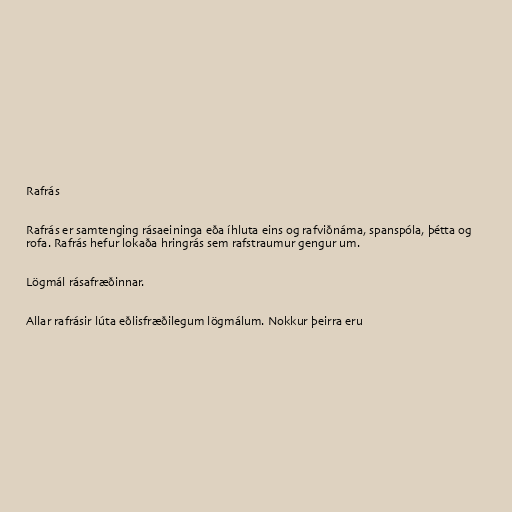
Rafrás

Rafrás er samtenging rásaeininga eða íhluta eins og rafviðnáma, spanspóla, þétta og
rofa. Rafrás hefur lokaða hringrás sem rafstraumur gengur um.

Lögmál rásafræðinnar.

Allar rafrásir lúta eðlisfræðilegum lögmálum. Nokkur þeirra eru